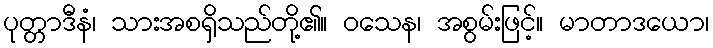
ပုတ္တာဒီနံ၊ သားအစရှိသည်တို့၏။ ဝသေန၊ အစွမ်းဖြင့်။ မာတာဒယော၊